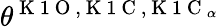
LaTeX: \theta^{\mathrm{~K~1~O~},\mathrm{~K~1~C~},\mathrm{~K~1~C~}_{\alpha}}